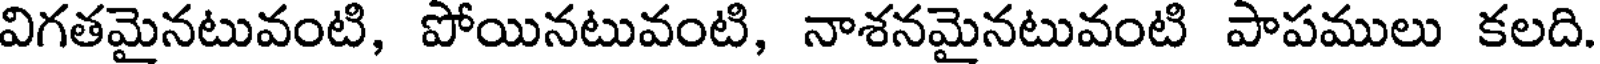
విగతమైనటువంటి, పోయినటువంటి, నాశనమైనటువంటి పాపములు కలది